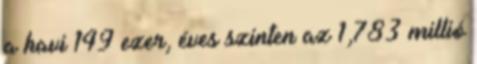
a havi 149 ezer, éves szinten az 1,783 millió